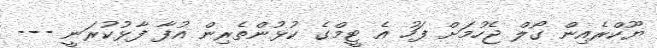
ޔޫކްރެއިން ގޯލް ޖެހުމަށް ފަހު އެ ޓީމްގެ ކުޅުންތެރިން އުފާ ފާޅުކުރަނީ ---